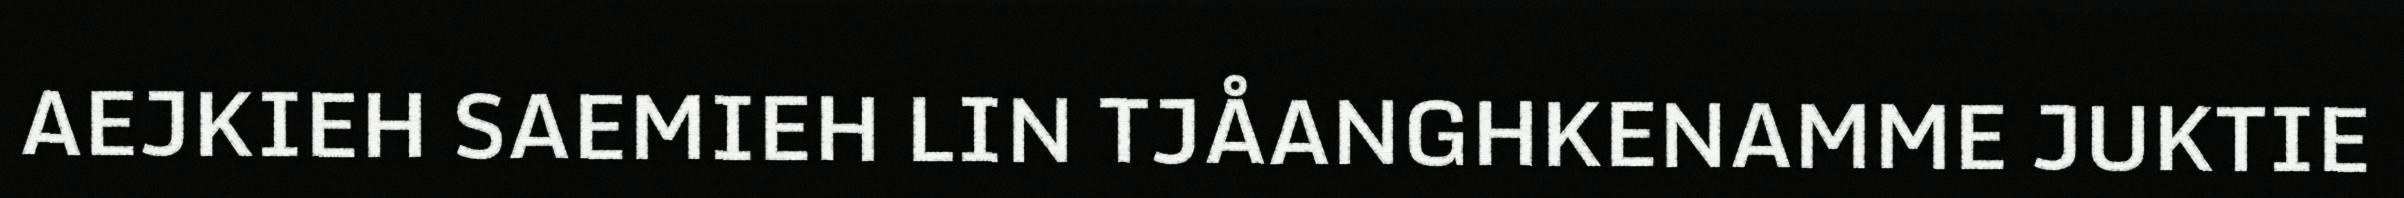
AEJKIEH SAEMIEH LIN TJÅANGHKENAMME JUKTIE